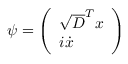
\psi = \left( \begin{array} { l } { \sqrt { D } ^ { T } { x } } \\ { i \dot { x } } \end{array} \right)